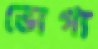
ভোগ্য